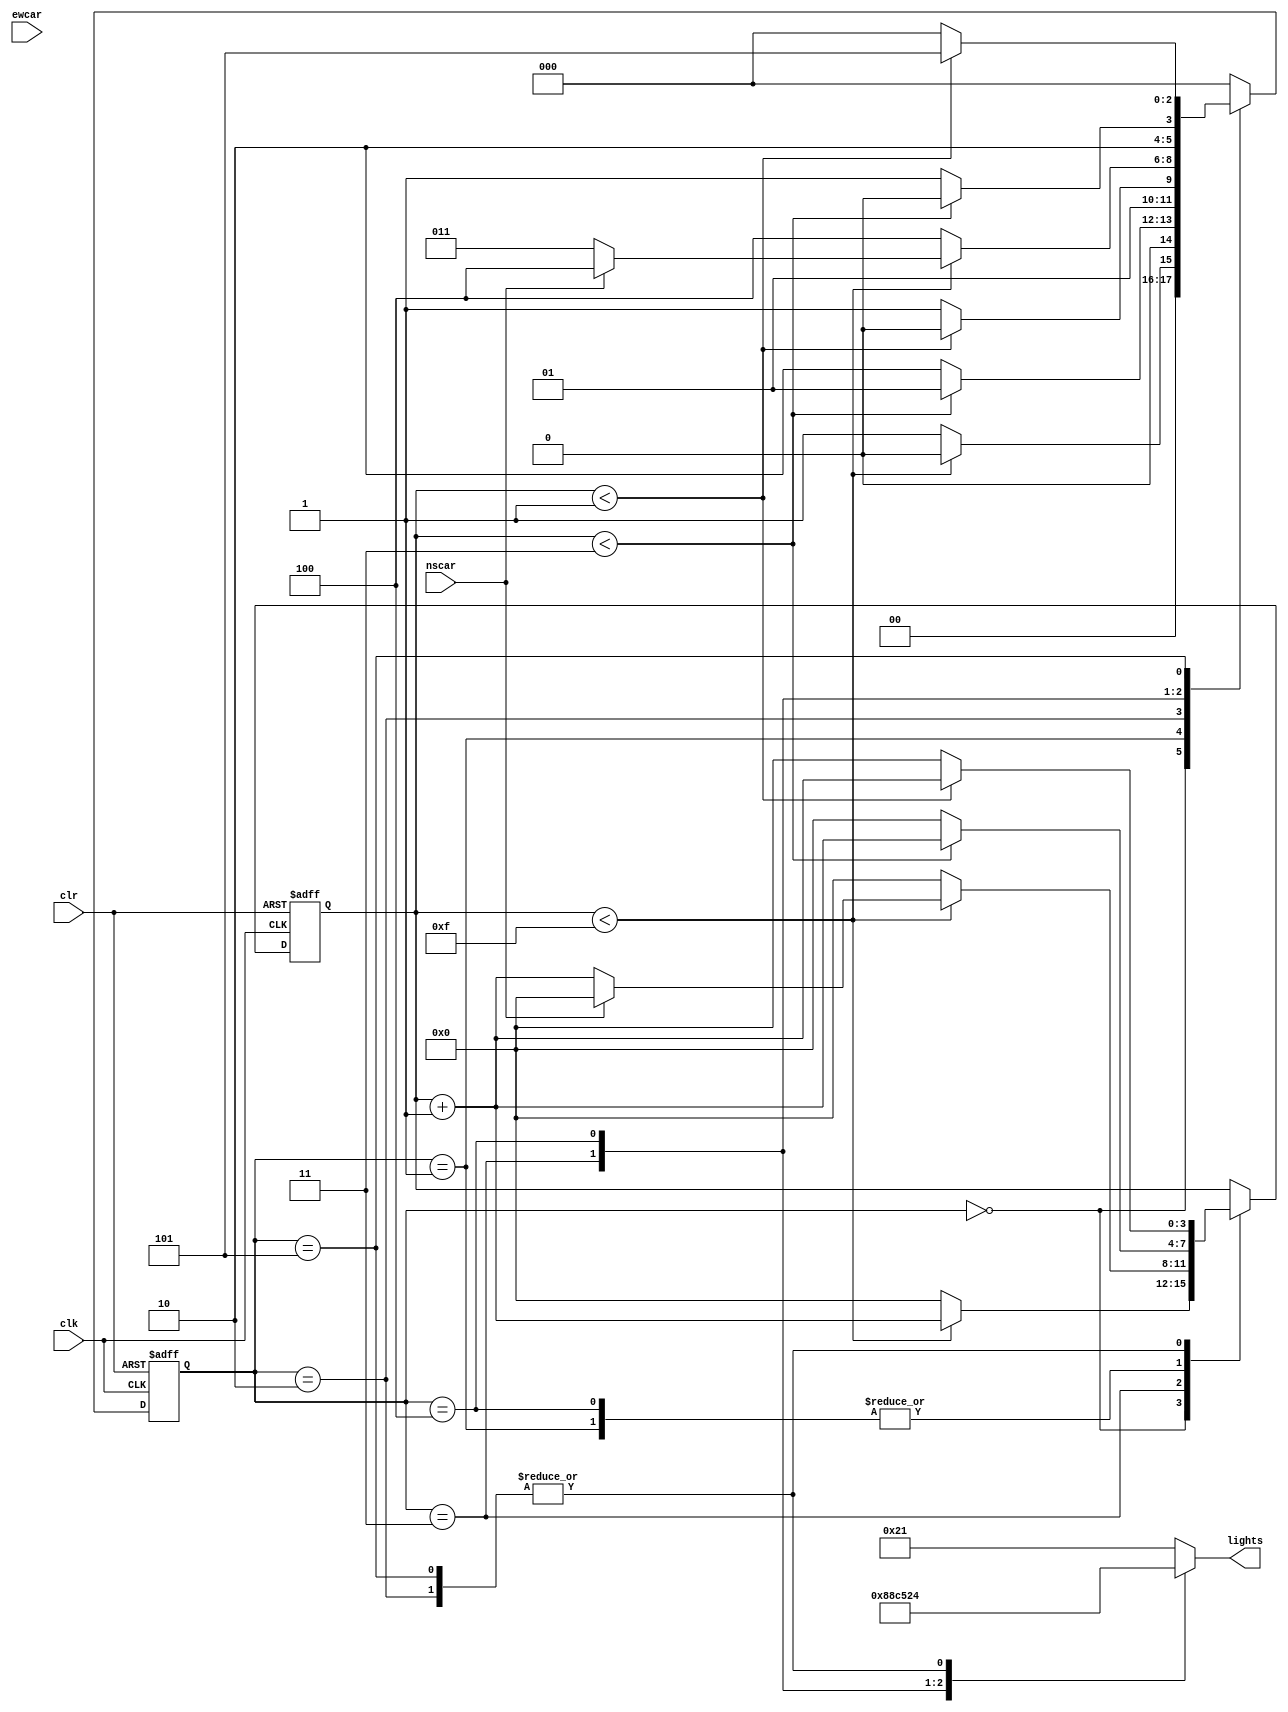
module traffic(
	input wire clk,
	input wire clr,
	input nscar,  // this one bit for car on NS road
	input ewcar,  // this one bit for car on EW road
	output reg [5:0]lights
    );
	reg [2:0] state;
	reg [3:0] count;
	parameter S0 = 3'b000,S1 = 3'b001,S2 = 3'b010,S3 = 3'b011,S4 = 3'b100,S5 = 3'b101; // all 5 states are declared
	parameter SEC15 = 4'b1111,SEC3 = 4'b0011,SEC1 = 4'b0001,SEC14 = 4'b1110; // delay of seconds is mentioned
	
	always@(posedge clk or posedge clr)
	begin
	if (clr == 1)
	begin
	state <= S0;
	count <= 0;
	end
	else
	case(state)
	S0: if (count < SEC15)
	begin
	state <= S0;
	count <= count + 1;
	end 
	else 
	begin
	state <= S1;
	count <= 0;
	end
	//
	S1: if (count < SEC3)
	begin
	state <= S1;
	count <= count + 1;
	end 
	else 
	begin
	state <= S2;
	count <= 0;
	end
	S2: if (count < SEC1)
	begin
	state <= S2;
	count <= count + 1;
	end 
	else 
	begin
	state <= S3;
	count <= 0;
	end
	//
	S3: if (count < SEC15)
	begin
	state <= S3;
	count <= count + 1;
	if ( nscar == 1)
	begin
	state <= S4;
	count <= 0;
	end
	end 
	else 
	begin
	state <= S4;
	count <= 0;
	end
//
	S4: if (count < SEC3)
	begin
	state <= S4;
	count <= count + 1;
	end 
	else 
	begin
	state <= S5;
	count <= 0;
	end
//
	S5: if (count < SEC1)
	begin
	state <= S5;
	count <= count + 1;
	end 
	else 
	begin
	state <= S0;
	count <= 0;
	end
	default state <= S0;
	endcase
	end
	
	always@(*)
	begin
	case(state)
	S0:lights = 6'b100001;
	S1:lights = 6'b100010;
	S2:lights = 6'b100100;
	S3:lights = 6'b001100;
	S4:lights = 6'b010100;
	S5:lights = 6'b100100;
	default lights = 6'b100001;
	endcase
	end


endmodule